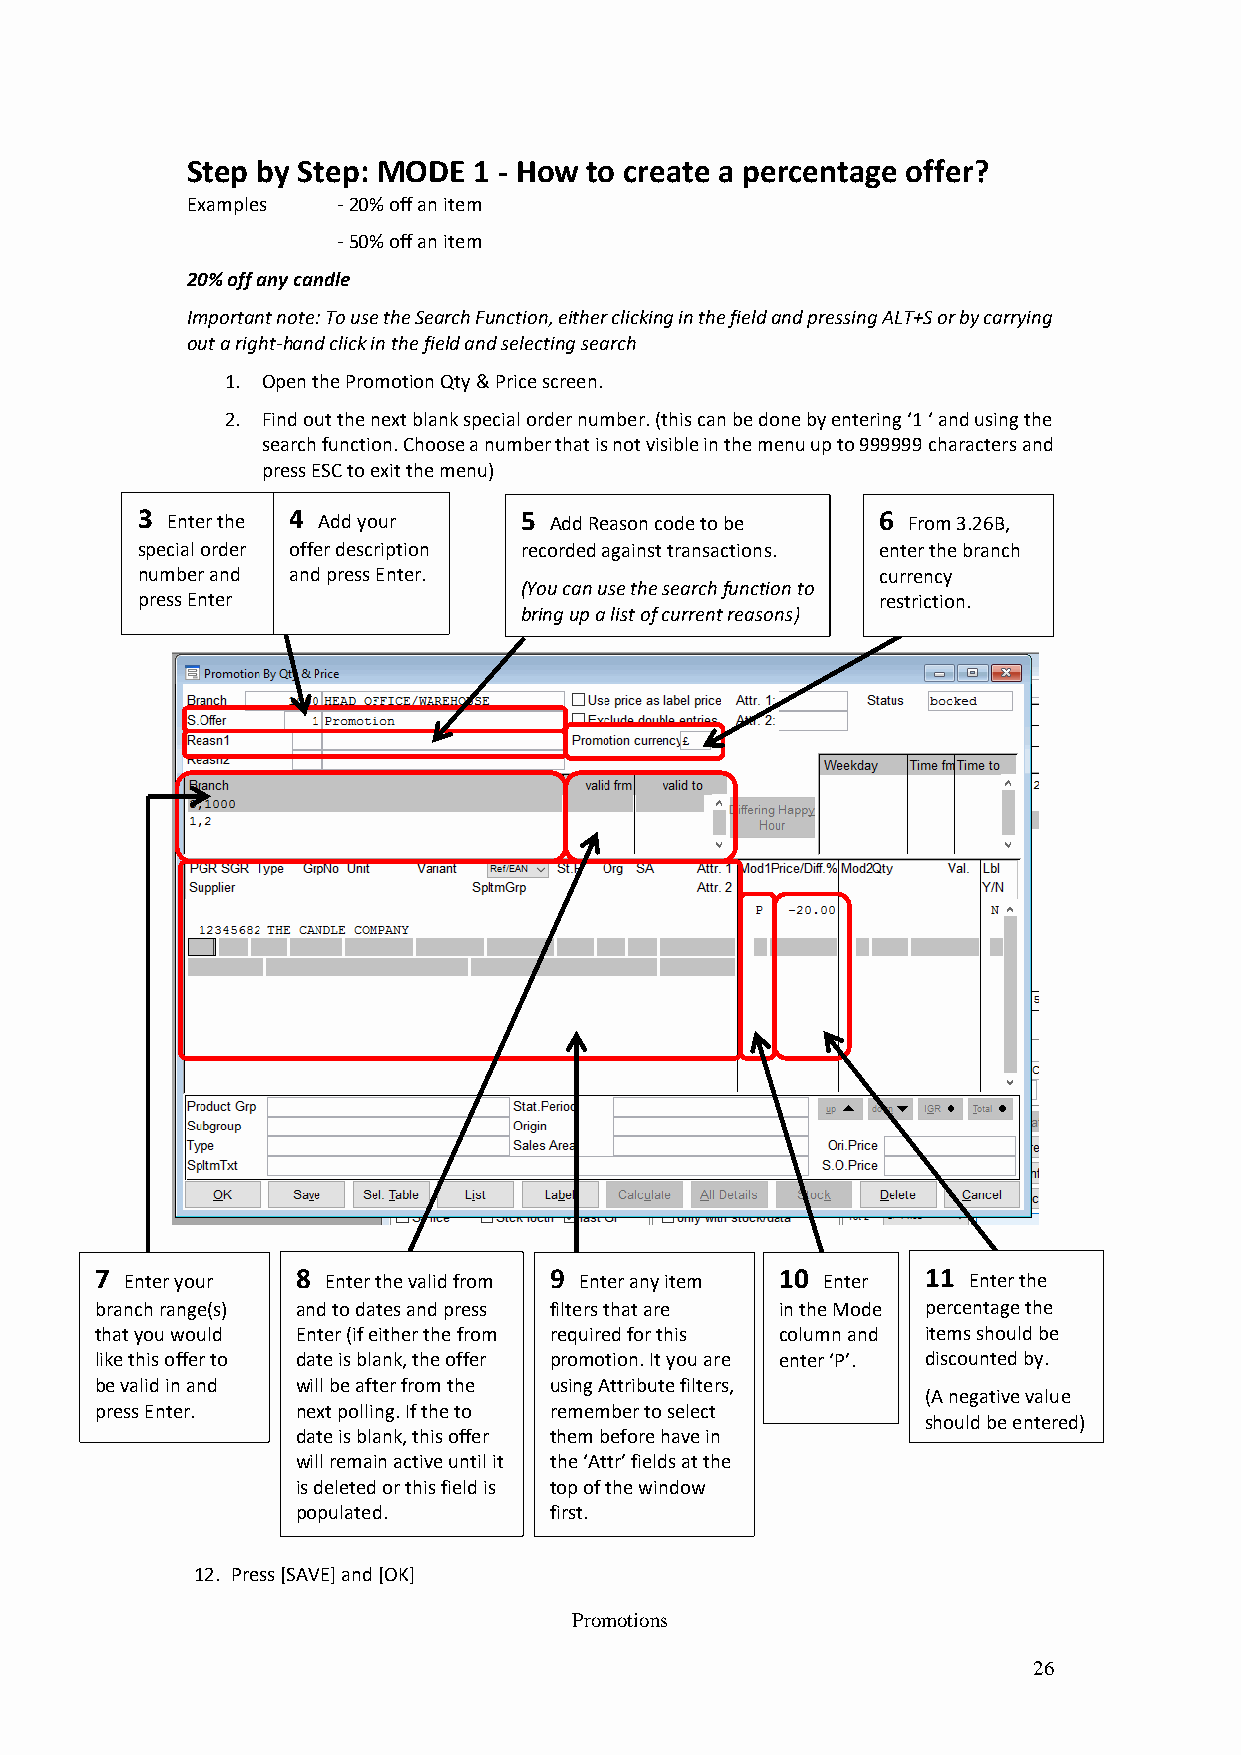
Step by Step: MODE 1 - How to create a percentage offer?
 Examples  - 20% off an item
 - 50% off an item
 20% off any candle
 Important note: To use the Search Function, either clicking in the field and pressing ALT+S or by carrying
 out a right-hand click in the field and selecting search
 1. Open the Promotion Qty & Price screen.
 2. Find out the next blank special order number. (this can be done by entering ‘1 ‘ and using the
 search function. Choose a number that is not visible in the menu up to 999999 characters and
 press ESC to exit the menu)
 3 Enter the 4 Add your   5 Add Reason code to be 6 From 3.26B,
 specia l order offer description recorded against transactions. enter the branch
 number and and press Enter.                      currency
 (You can use the search function to
 press Enter                                      restriction.
 bring up a list of current reasons)
 7 Enter yo ur 8 Enter the valid from 9 Enter any item 10 Enter 11 Enter the
 branch rang e(s) and to dates and press filters that are in the Mode percentage the
 that you wo uld Enter (if either the from required for this column and items should be
 like this off er to date is blank, the offer promotion. It you are enter ‘P’. discounted by.
 be valid in a nd will be after from the using Attribute filters,
 (A negative value
 press Enter . next polling. If the to remember to select
 should be entered)
 date is blank, this offer them before have in
 will remain active until it the ‘Attr’ fields at the
 is deleted or this field is top of the window
 populated.      first.
 12. Press [SAVE] and [OK]
 0
 Promotions
 26